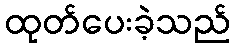
ထုတ်ပေးခဲ့သည်